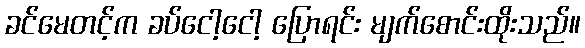
ခင်မေတင့်က ခပ်ငေါ့ငေါ့ ပြောရင်း မျက်စောင်းထိုးသည်။